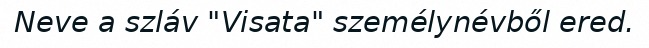
Neve a szláv "Visata" személynévből ered.